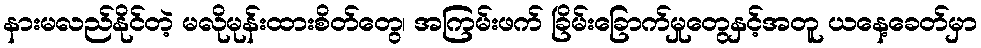
နားမလည်နိုင်တဲ့ မလိုမုန်းထားစိတ်တွေ၊ အကြမ်းဖက် ခြိမ်းခြောက်မှုတွေနှင့်အတူ ယနေ့ခေတ်မှာ